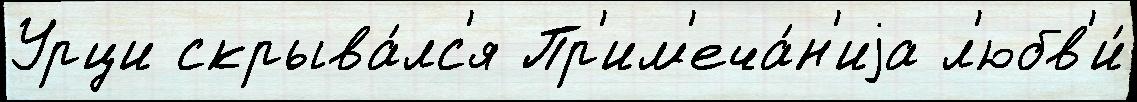
Урци скрыва́лс'я Пр'им'еча́н'иjа л'юбв'и́